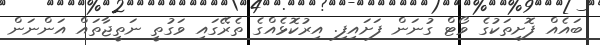
ބައެއް ފޮށިތަކުގެ ވޯޓް ގުނަން ފަށައިފި. އިރުކޮޅެއްގެ ތެރޭގައި ވަގުތީ ނަތީޖާތައް އަންނަން